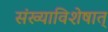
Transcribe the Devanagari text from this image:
संख्याविशेषात्